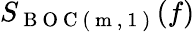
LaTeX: S_{\mathrm{~B~O~C~(~m~,~1~)~}}(f)